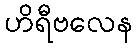
ဟိရီဗလေန